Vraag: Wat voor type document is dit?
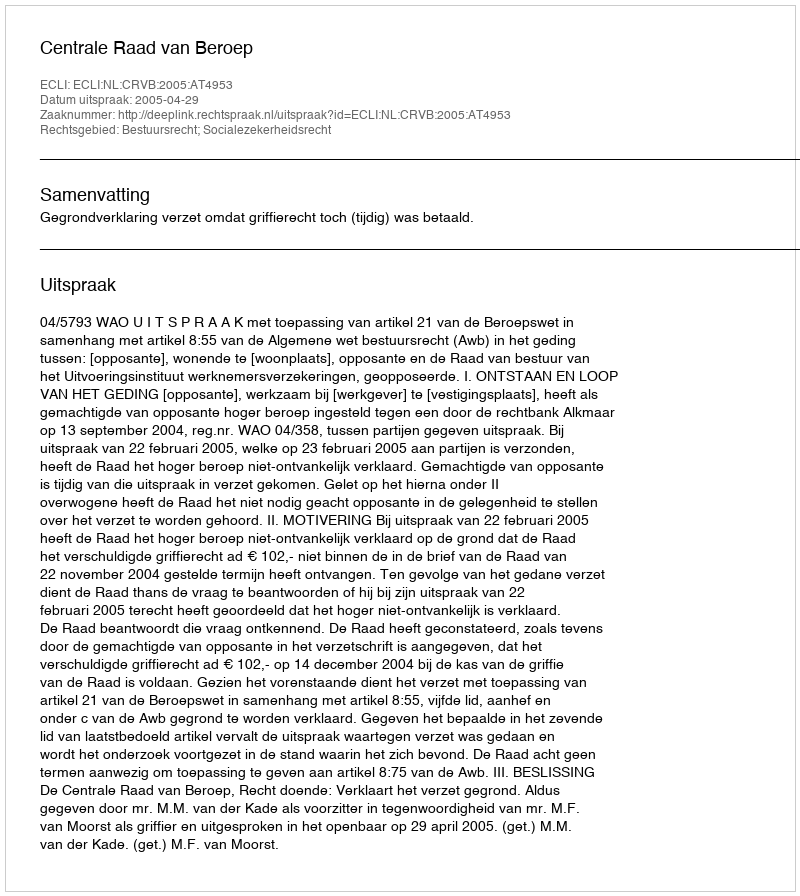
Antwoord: Uitspraak